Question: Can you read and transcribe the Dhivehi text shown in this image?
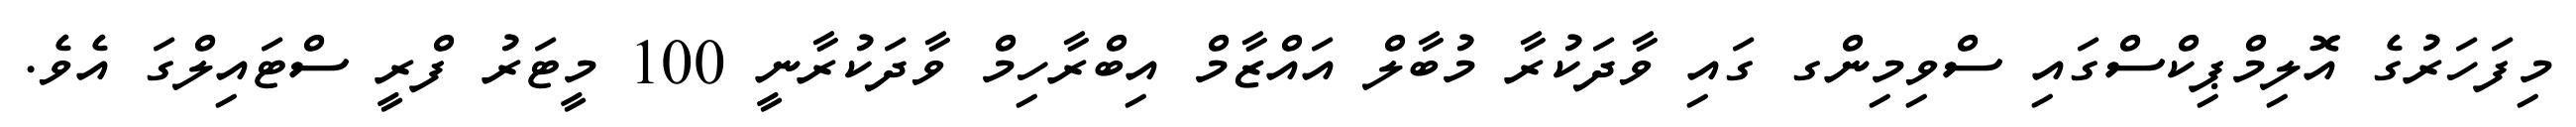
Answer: މިފަހަރުގެ އޮލިމްޕިކްސްގައި ސްވިމިންގ ގައި ވާދަކުރާ މުބާލް އައްޒާމް އިބްރާހިމް ވާދަކުރާނީ 100 މީޓަރު ފްރީ ސްޓައިލްގަ އެވެ.